Report on the nature of kala-azar
Disease focus: Kala-Azar
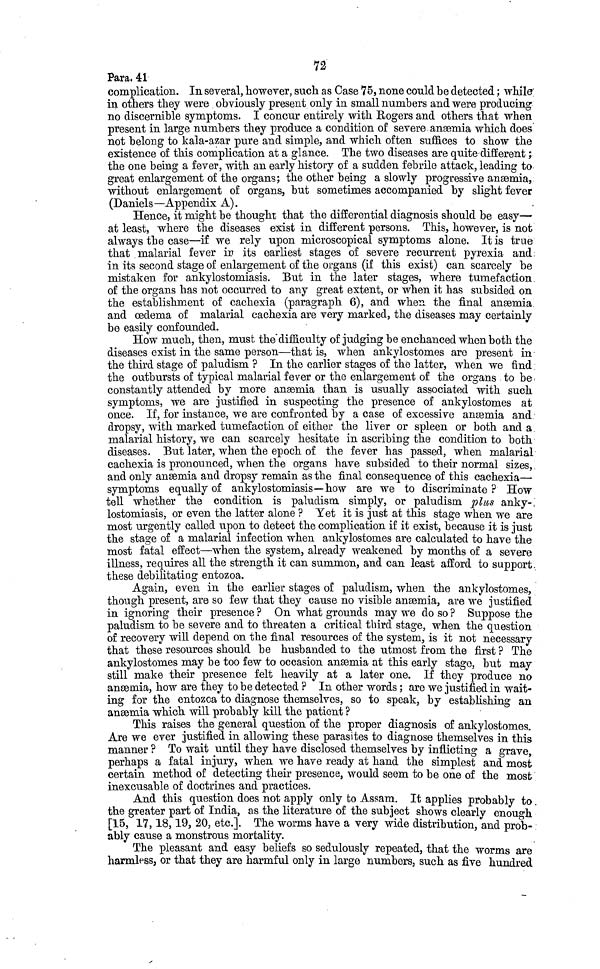
72
Para. 41
complication. In several, however, such as Case 75, none could be detected ; while
in others they were obviously present only in small numbers and were producing
no discernible symptoms. I concur entirely with Rogers and others that when
present in large numbers they produce a condition of severe anæmia which does
not belong to kala-azar pure and simple, and which often suffices to show the
existence of this complication at a glance. The two diseases are quite different ;
the one being a fever, with an early history of a sudden febrile attack, leading to
great enlargement of the organs ; the other being a slowly progressive anæmia,
without enlargement of organs, but sometimes accompanied by slight fever
(Daniels—Appendix A).
Hence, it might be thought that the differential diagnosis should be easy—
at least, where the diseases exist in different persons. This, however, is not
always the case—if we rely upon microscopical symptoms alone. It is true
that malarial fever in its earliest stages of severe recurrent pyrexia and
in its second stage of enlargement of the organs (if this exist) can scarcely be
mistaken for ankylostomiasis. But in the later stages, where tumefaction
of the organs has not occurred to any great extent, or when it has subsided on
the establishment of cachexia (paragraph 6), and when the final anæmia
and oedema of malarial cachexia are very marked, the diseases may certainly
be easily confounded.
How much, then, must the difficulty of judging be enchanced when both the
diseases exist in the same person—that is, when ankylostomes are present in
the third stage of paludism ? In the earlier stages of the latter, when we find
the outbursts of typical malarial fever or the enlargement of the organs to be
constantly attended by more anæmia than is usually associated with such
symptoms, we are justified in suspecting the presence of ankylostomes at
once. If, for instance, we are confronted by a case of excessive anæmia and
dropsy, with marked tumefaction of either the liver or spleen or both and a
malarial history, we can scarcely hesitate in ascribing the condition to both
diseases. But later, when the epoch of the fever has passed, when malarial
cachexia is pronounced, when the organs have subsided to their normal sizes,
and only anæmia and dropsy remain as the final consequence of this cachexia—
symptoms equally of ankylostomiasis—how are we to discriminate? How
tell whether the condition is paludism simply, or paludism plus anky-
lostomiasis, or even the latter alone ? Yet it is just at this stage when we are
most urgently called upon to detect the complication if it exist, because it is just
the stage of a malarial infection when ankylostomes are calculated to have the
most fatal effect—when the system, already weakened by months of a severe
illness, requires all the strength it can summon, and can least afford to support
these debilitating entozoa.
Again, even in the earlier stages of paludism, when the ankylostomes,
though present, are so few that they cause no visible anæmia, are we justified
in ignoring their presence ? On what grounds may we do so ? Suppose the
paludism to be severe and to threaten a critical third stage, when the question
of recovery will depend on the final resources of the system, is it not necessary
that these resources should be husbanded to the utmost from the first ? The
ankylostomes may be too few to occasion anæmia at this early stage, but may
still make their presence felt heavily at a later one. If they produce no
anæmia, how are they to be detected ? In other words ; are we justified in wait-
ing for the entozoa to diagnose themselves, so to speak, by establishing an
anæmia which will probably kill the patient ?
This raises the general question of the proper diagnosis of ankylostomes.
Are we ever justified in allowing these parasites to diagnose themselves in this
manner ? To wait until they have disclosed themselves by inflicting a grave,
perhaps a fatal injury, when we have ready at hand the simplest and most
certain method of detecting their presence, would seem to be one of the most
inexcusable of doctrines and practices.
And this question does not apply only to Assam. It applies probably to
the greater part of India, as the literature of the subject shows clearly enough
[15, 17, 18, 19, 20, etc.]. The worms have a very wide distribution, and prob-
ably cause a monstrous mortality.
The pleasant and easy beliefs so sedulously repeated, that the worms are
harmless, or that they are harmful only in large numbers, such as five hundred